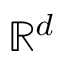
\mathbb { R } ^ { d }